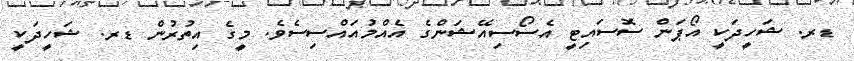
ޑރ. ޝަހީދަކީ އޯޕަން ސޮސައިޓީ އެސޯސިއޭޝަންގެ އެއްމުއައްސިސެވެ. މީގެ އިތުރުން ޑރ. ޝަހީދަކީ